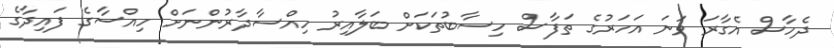
ދެހާސް އެގާރަ ވަނަ އަހަރުގެ ތަފާސް ހިސާބުތަކަށް ބަލާއިރު ހިއްސާދާރުންނަށް ހިއްސާގެ ފައިދާގެ